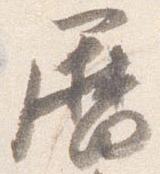
歴